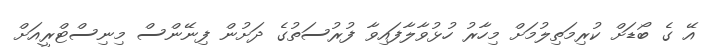
އޭ ގެ ބޯޑަށް ކުރިމަތިލުމަށް މިހާރު ހުޅުވާލާފައިވާ ފުރުސަތުގެ ދަށުން ފިނޭންސް މިނިސްޓްރީއަށް